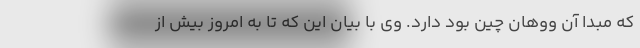
که مبدا آن ووهان چین بود دارد. وی با بیان این که تا به امروز بیش از